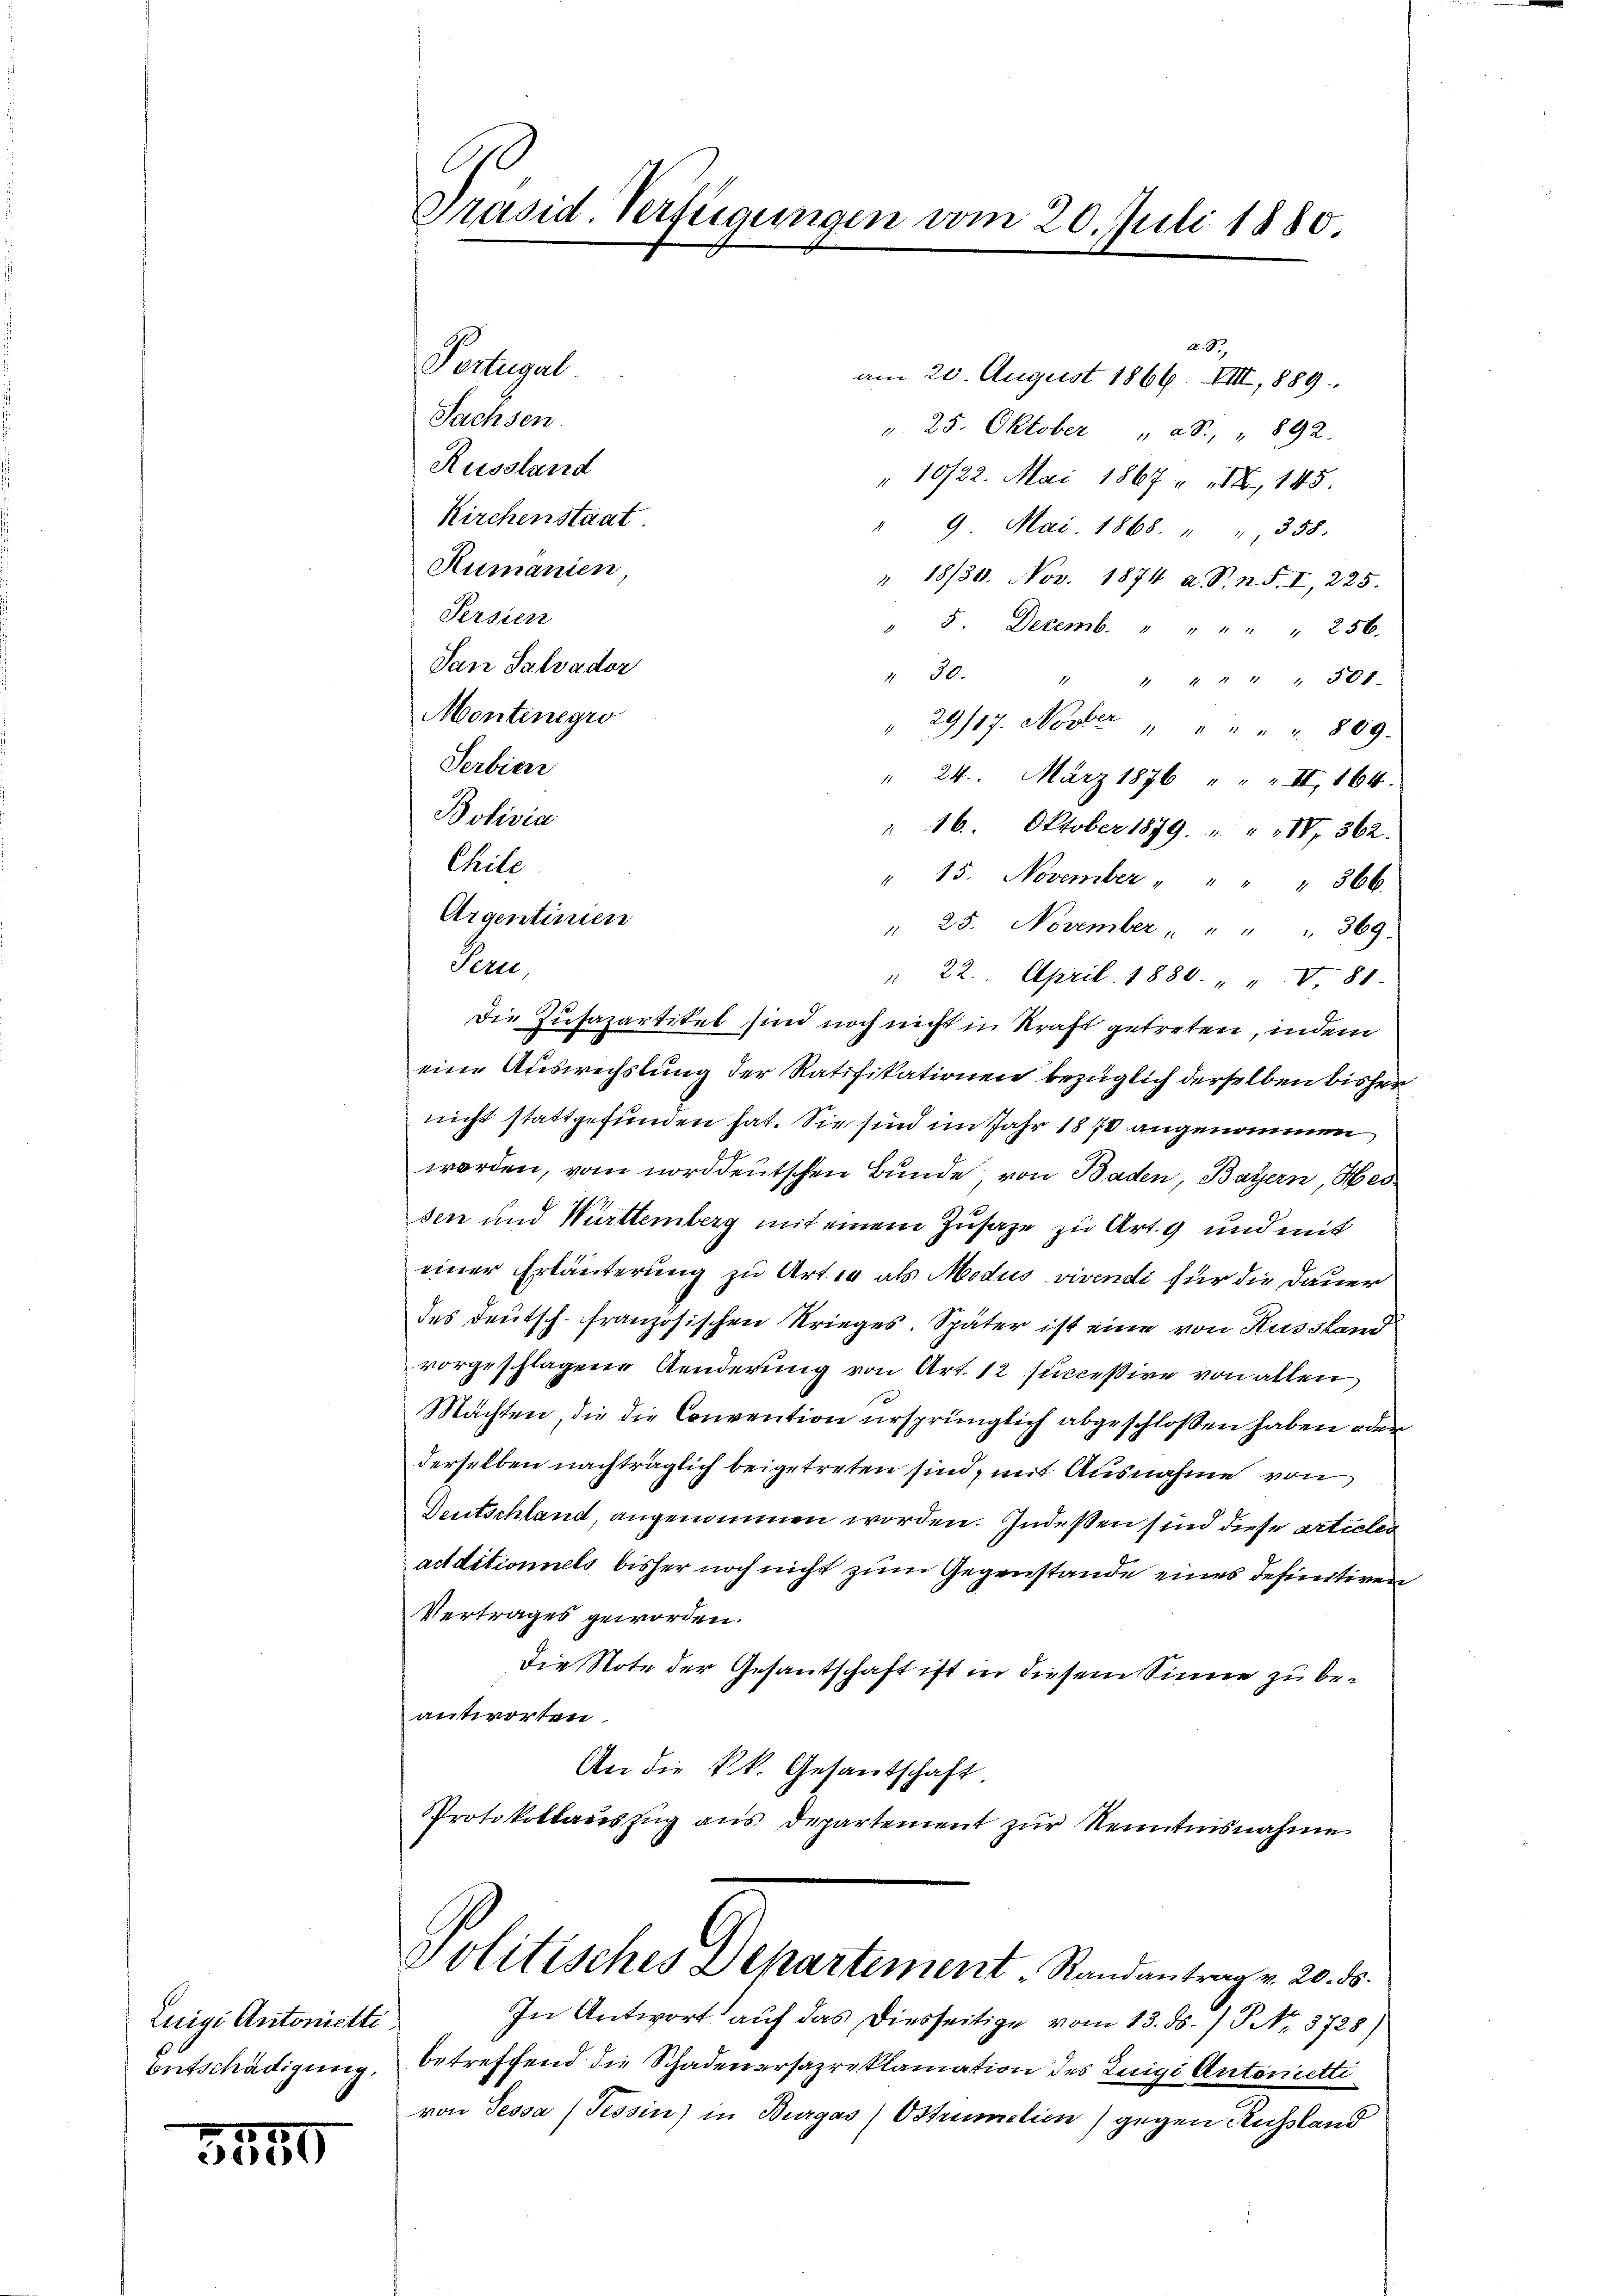
Luigi Antonietti
Entschädigung.

3240

a. S.
Perlegal
am 20. August 1866. VIII, 889.
Sachsen.
". 25. Oktober " ad. " 892.
Russland
"10/22. Mai 1867 u. er, 145.
Kirchenstaat
" 9 Mai. 1868. " " 358.
Rumanien,
" 18/30. Nov. 1874 a. S. n. F. I, 225.
Persien
" 5. Decemb. " " " " " 256.
San Salvador
11 90. " " " " " " 381.
Montinegro
" 29/17. Novber " " " " 809.
Serbien
" 24. März 1876 " " " II, 164.
Bolivia
" 16. Oktober 1879. " " IV 362.
Chile
" 15. November " " " " 366.
Argentiren
" 25. November " " " " 369.
Pern,
" 22. April 1880 " " V 81.
die Zusapartikel sind noch nicht in Kraft getreten, indem
eine Auswechslung der Ratifikationen bezüglich derselben bisher
nicht stattgefunden hat. Sie sind im Jahr 1870 angenommen
worden, vom norddeutschen Bunde, von Baden, Bayern, Hes
sen und Württemberg mit einem Zusage zu Art. 9 und mit
einer Erläuterung zu Artig als Modus vivendi für die Dauer
des Deutsch-französischen Krieges. Später ist eine von Kussland
vorgeschlagene Aenderung von Art. 12 successive von alten
Mächten, die die Convention ursprünglich abgeschlossen haben oder
derselben nachträglich beigetreten sind, mit Ausnahme von
Deutschland, angenommen worden. Indeßen sind diese articles
additionnels bisher noch nicht zum Gegenstande eines definitiven
Vertrages geworden.
Die Note der Gesantschaft ist in diesem Sinne zu beantworten.
An die k.k. Gesantschaft
Protokollauszug aus Departement zur Kenntnisnahme
Politisches Departement. Randantrag v. 20. ds.
In Antwort auf das diesseitige vom 13. ds. / NNo. 3728)
betreffend die Schadenersazreklamation des Luigi Autoniettivon Tessa (Tessin) in Burgas) Ostrumelien) gegen Russland

C
Präsid. Verfügungen vom 20. Juli 1880.